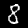
Digit: 8